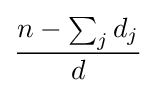
{\frac {n-\sum _{j}d_{j}}{d}}